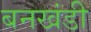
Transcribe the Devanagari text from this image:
बनखंडी